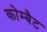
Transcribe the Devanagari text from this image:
कोम्बैट